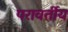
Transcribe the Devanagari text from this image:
परावर्तीय